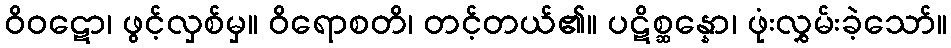
ဝိဝဋော၊ ဖွင့်လှစ်မှ။ ဝိရောစတိ၊ တင့်တယ်၏။ ပဋိစ္ဆန္နော၊ ဖုံးလွှမ်းခဲ့သော်။